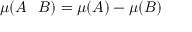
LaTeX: \mu ( A \setminus B ) = \mu ( A ) - \mu ( B )